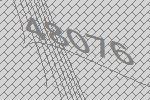
48076